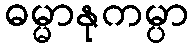
ဓမ္မာနုကမ္ပာ